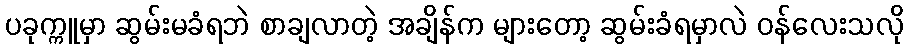
ပခုက္ကူမှာ ဆွမ်းမခံရဘဲ စာချလာတဲ့ အချိန်က များတော့ ဆွမ်းခံရမှာလဲ ဝန်လေးသလို